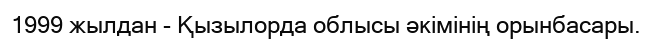
1999 жылдан - Қызылорда облысы әкімінің орынбасары.